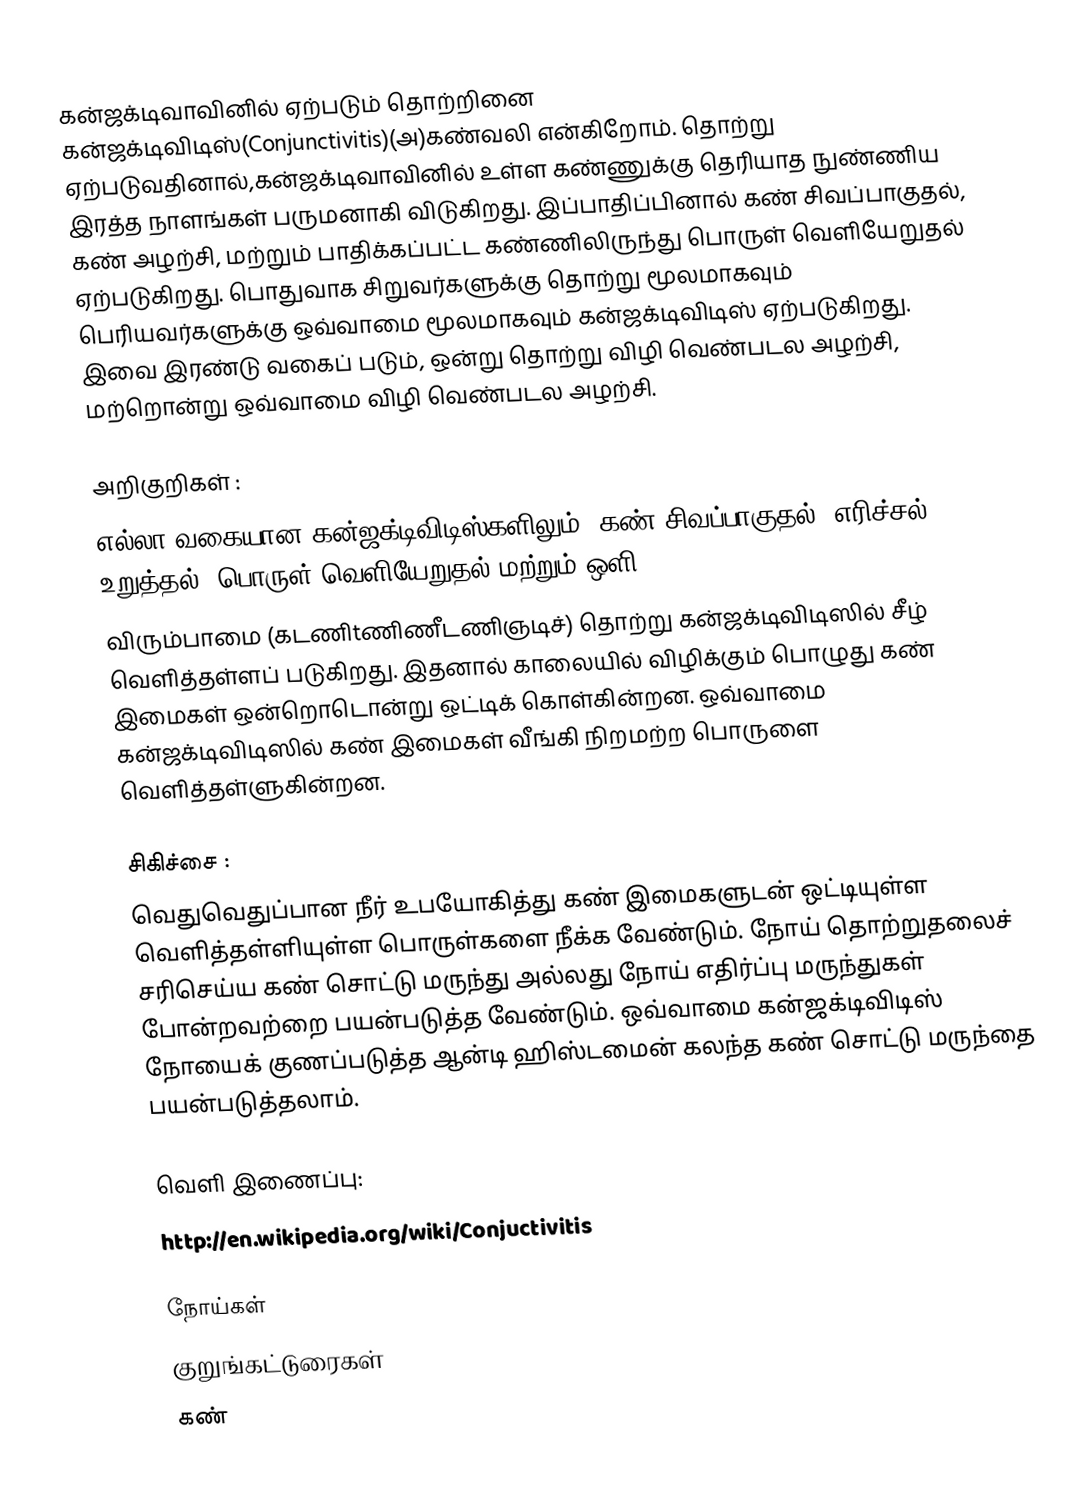
கன்ஜக்டிவாவினில் ஏற்படும் தொற்றினை கன்ஜக்டிவிடிஸ்(Conjunctivitis)(அ)கண்வலி என்கிறோம். தொற்று ஏற்படுவதினால்,கன்ஜக்டிவாவினில் உள்ள கண்ணுக்கு தெரியாத நுண்ணிய இரத்த நாளங்கள் பருமனாகி விடுகிறது. இப்பாதிப்பினால் கண் சிவப்பாகுதல், கண் அழற்சி, மற்றும் பாதிக்கப்பட்ட கண்ணிலிருந்து பொருள் வெளியேறுதல் ஏற்படுகிறது. பொதுவாக சிறுவர்களுக்கு தொற்று மூலமாகவும் பெரியவர்களுக்கு ஒவ்வாமை மூலமாகவும் கன்ஜக்டிவிடிஸ் ஏற்படுகிறது. இவை இரண்டு வகைப் படும், ஒன்று தொற்று விழி வெண்படல அழற்சி, மற்றொன்று ஒவ்வாமை விழி வெண்படல அழற்சி.

அறிகுறிகள் :
எல்லா வகையான கன்ஜக்டிவிடிஸ்களிலும், கண் சிவப்பாகுதல், எரிச்சல், உறுத்தல், பொருள் வெளியேறுதல் மற்றும் ஒளி
விரும்பாமை (கடணிtணிணீடணிஞடிச்) தொற்று கன்ஜக்டிவிடிஸில் சீழ் வெளித்தள்ளப் படுகிறது. இதனால் காலையில் விழிக்கும் பொழுது கண் இமைகள் ஒன்றொடொன்று ஒட்டிக் கொள்கின்றன. ஒவ்வாமை கன்ஜக்டிவிடிஸில் கண் இமைகள் வீங்கி நிறமற்ற பொருளை வெளித்தள்ளுகின்றன.

சிகிச்சை :
வெதுவெதுப்பான நீர்  உபயோகித்து கண் இமைகளுடன் ஒட்டியுள்ள வெளித்தள்ளியுள்ள பொருள்களை நீக்க வேண்டும். நோய் தொற்றுதலைச் சரிசெய்ய கண் சொட்டு மருந்து அல்லது நோய் எதிர்ப்பு மருந்துகள் போன்றவற்றை பயன்படுத்த வேண்டும். ஒவ்வாமை கன்ஜக்டிவிடிஸ் நோயைக் குணப்படுத்த ஆன்டி  ஹிஸ்டமைன் கலந்த கண் சொட்டு மருந்தை பயன்படுத்தலாம்.

வெளி இணைப்பு:
http://en.wikipedia.org/wiki/Conjuctivitis

நோய்கள்
குறுங்கட்டுரைகள்
கண்